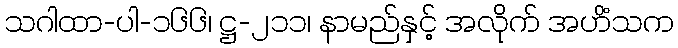
သဂါထာ-ပါ-၁၆၆၊ ဋ္ဌ-၂၁၁၊ နာမည်နှင့် အလိုက် အဟိံသက